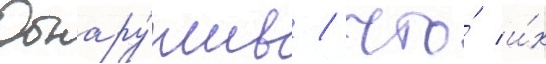
Обнару́жив / что́ и́х